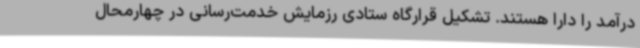
درآمد را دارا هستند. تشکیل قرارگاه ستادی رزمایش خدمت‌رسانی در چهارمحال